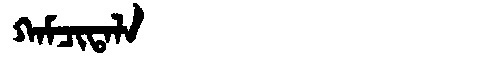
Manchu: ᡴᠠᠮᠴᡳᡨᠠᠯᠠ
Romanization: KAMCITALA